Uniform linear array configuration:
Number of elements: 4
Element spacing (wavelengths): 0.75
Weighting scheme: binomial
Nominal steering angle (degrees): -30
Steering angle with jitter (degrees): -31.397
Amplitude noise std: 0.05
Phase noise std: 0.05

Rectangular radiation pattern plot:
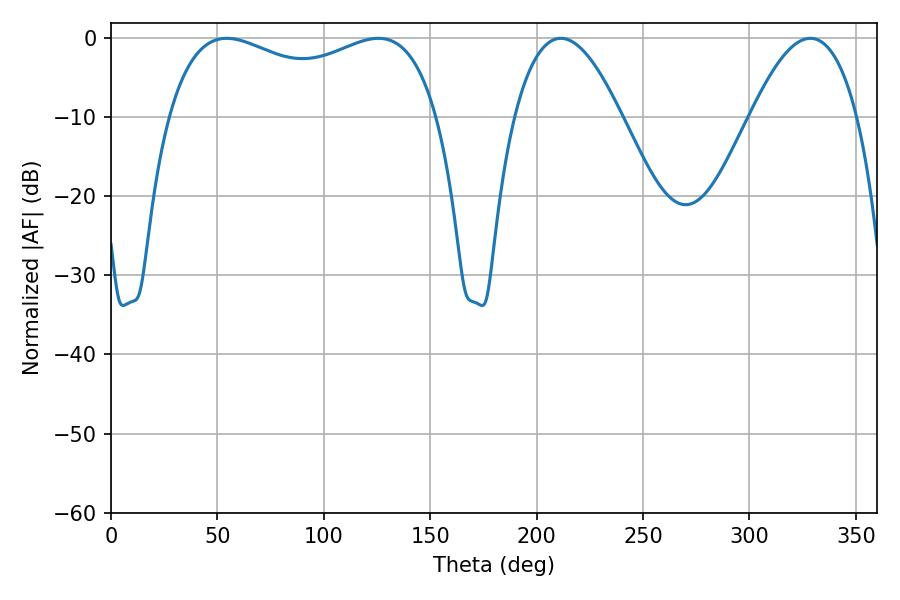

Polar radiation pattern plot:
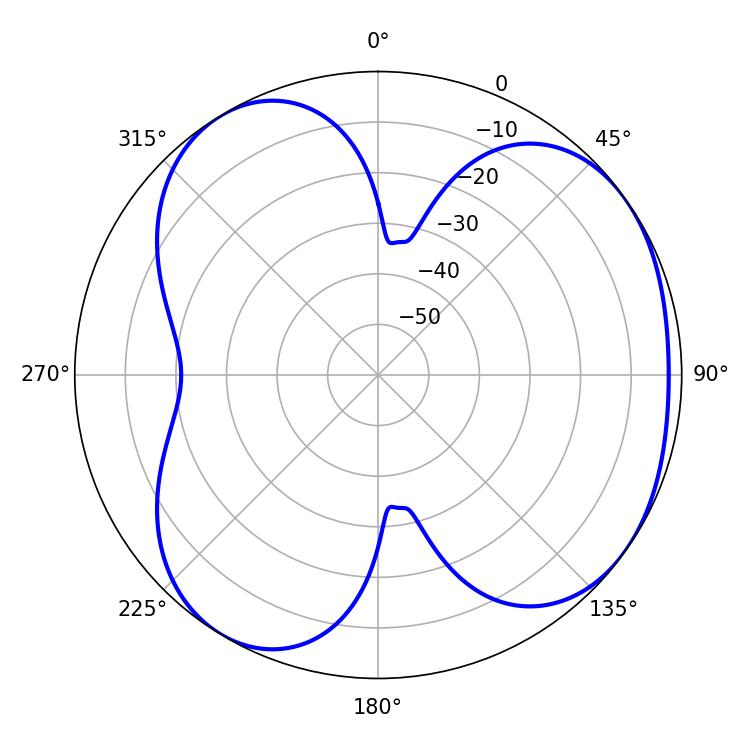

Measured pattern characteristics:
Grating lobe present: TRUE
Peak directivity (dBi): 4.534
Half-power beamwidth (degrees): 104.4
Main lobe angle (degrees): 54.36